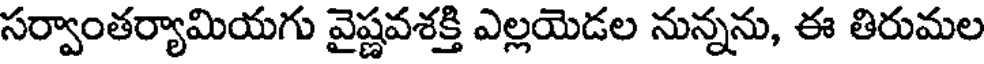
సర్వాంతర్యామియగు వైష్ణవశక్తి ఎల్లయెడల నున్నను, ఈ తిరుమల